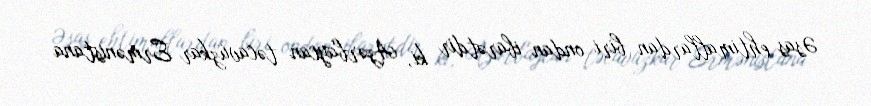
Əsas ehtimallardan biri ondan ibarətdir ki, Azərbaycan təcavüzkar Ermənistana